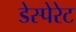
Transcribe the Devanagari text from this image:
डेस्पेरेट